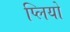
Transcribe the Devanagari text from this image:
प्लियो